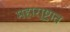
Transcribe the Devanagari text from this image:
महारा्ष्ट्रात